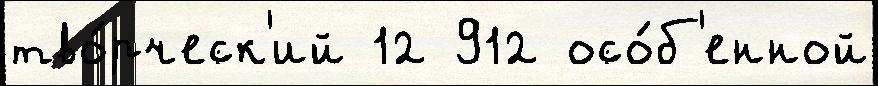
тво́рческ'ий 12 912 осо́б'енной